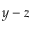
y - z